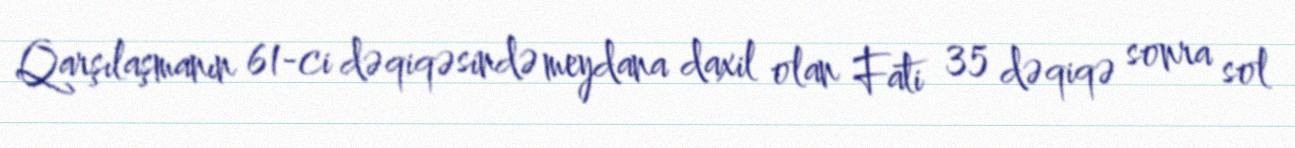
Qarşılaşmanın 61-ci dəqiqəsində meydana daxil olan Fati 35 dəqiqə sonra sol